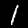
Digit: 1